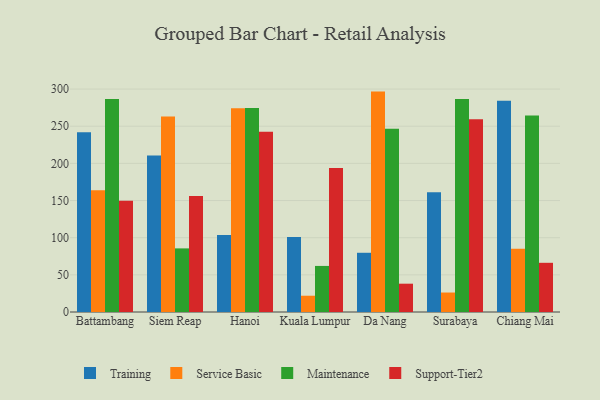
{"axis": {"x": "City", "y": "Churn Rate (%)"}, "legend": ["Maintenance", "Service Basic", "Support-Tier2", "Training"], "data": [{"x": "Battambang", "y": 242.0, "type": "Training"}, {"x": "Battambang", "y": 164.0, "type": "Service Basic"}, {"x": "Battambang", "y": 286.7, "type": "Maintenance"}, {"x": "Battambang", "y": 149.8, "type": "Support-Tier2"}, {"x": "Siem Reap", "y": 210.7, "type": "Training"}, {"x": "Siem Reap", "y": 263.1, "type": "Service Basic"}, {"x": "Siem Reap", "y": 85.6, "type": "Maintenance"}, {"x": "Siem Reap", "y": 156.1, "type": "Support-Tier2"}, {"x": "Hanoi", "y": 103.5, "type": "Training"}, {"x": "Hanoi", "y": 274.2, "type": "Service Basic"}, {"x": "Hanoi", "y": 274.6, "type": "Maintenance"}, {"x": "Hanoi", "y": 242.5, "type": "Support-Tier2"}, {"x": "Kuala Lumpur", "y": 100.9, "type": "Training"}, {"x": "Kuala Lumpur", "y": 21.9, "type": "Service Basic"}, {"x": "Kuala Lumpur", "y": 62.0, "type": "Maintenance"}, {"x": "Kuala Lumpur", "y": 193.7, "type": "Support-Tier2"}, {"x": "Da Nang", "y": 79.7, "type": "Training"}, {"x": "Da Nang", "y": 296.6, "type": "Service Basic"}, {"x": "Da Nang", "y": 246.5, "type": "Maintenance"}, {"x": "Da Nang", "y": 38.1, "type": "Support-Tier2"}, {"x": "Surabaya", "y": 161.0, "type": "Training"}, {"x": "Surabaya", "y": 26.2, "type": "Service Basic"}, {"x": "Surabaya", "y": 286.8, "type": "Maintenance"}, {"x": "Surabaya", "y": 259.5, "type": "Support-Tier2"}, {"x": "Chiang Mai", "y": 284.4, "type": "Training"}, {"x": "Chiang Mai", "y": 85.1, "type": "Service Basic"}, {"x": "Chiang Mai", "y": 264.3, "type": "Maintenance"}, {"x": "Chiang Mai", "y": 66.2, "type": "Support-Tier2"}]}